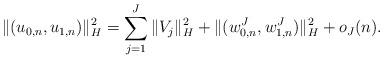
LaTeX: \begin{align*} \|(u_{0,n}, u_{1,n})\|_H^2 = \sum_{j=1}^J \|V_j\|_H^2 + \|(w_{0,n}^J, w_{1,n}^J)\|_H^2 + o_J(n).\end{align*}